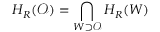
H _ { R } ( \mathcal { O } ) = \bigcap _ { W \supset \mathcal { O } } H _ { R } ( W )